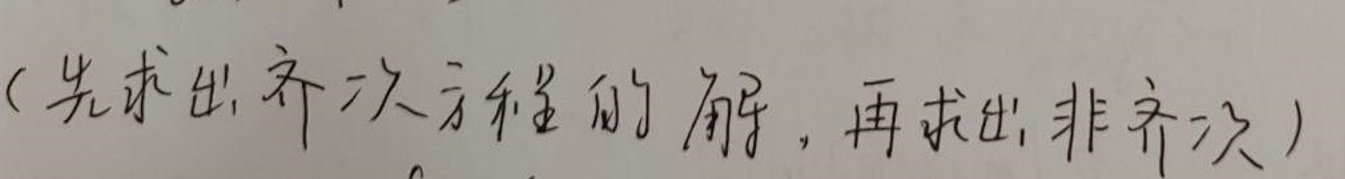
（先求出齐次方程的解，再求出非齐次）